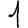
Digit: 1